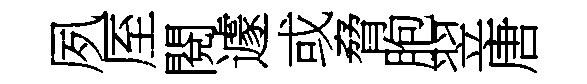
夙厔閱遽或脅胞翌唐